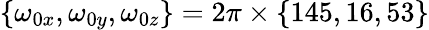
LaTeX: \{ \omega_{0x},\omega_{0y},\omega_{0z}\} =2\pi\times\{ 145,16,53\}